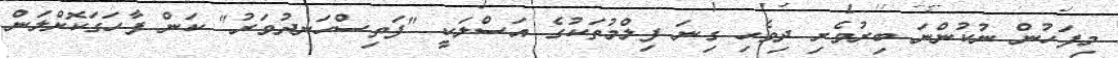
މިފަހުން ނުކުންނަ ބިރުވެރި ދިވެހި ގިނަ ފިލްމުތަކުގެ އަސްލަކީ "ފަތިސްހަނދުވަރު" ކަން ފާހަގަކޮށްލަން